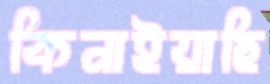
কিনাইয়াছি